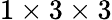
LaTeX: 1\times 3\times 3